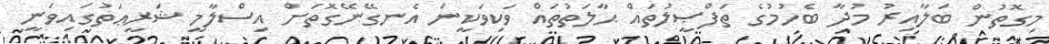
މިގޮތުން ބަލާއިރު މުދާ ބެހުމުގެ ތަފްޞީލުތައް ޙާލަތުތައް ވަކިވަކީން އެނގޭނޭގޮތަށް އިސްލާމީ ޝަރީޢަތުގައިވަނީ